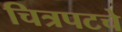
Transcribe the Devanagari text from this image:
चित्रपटचे